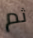
ثم